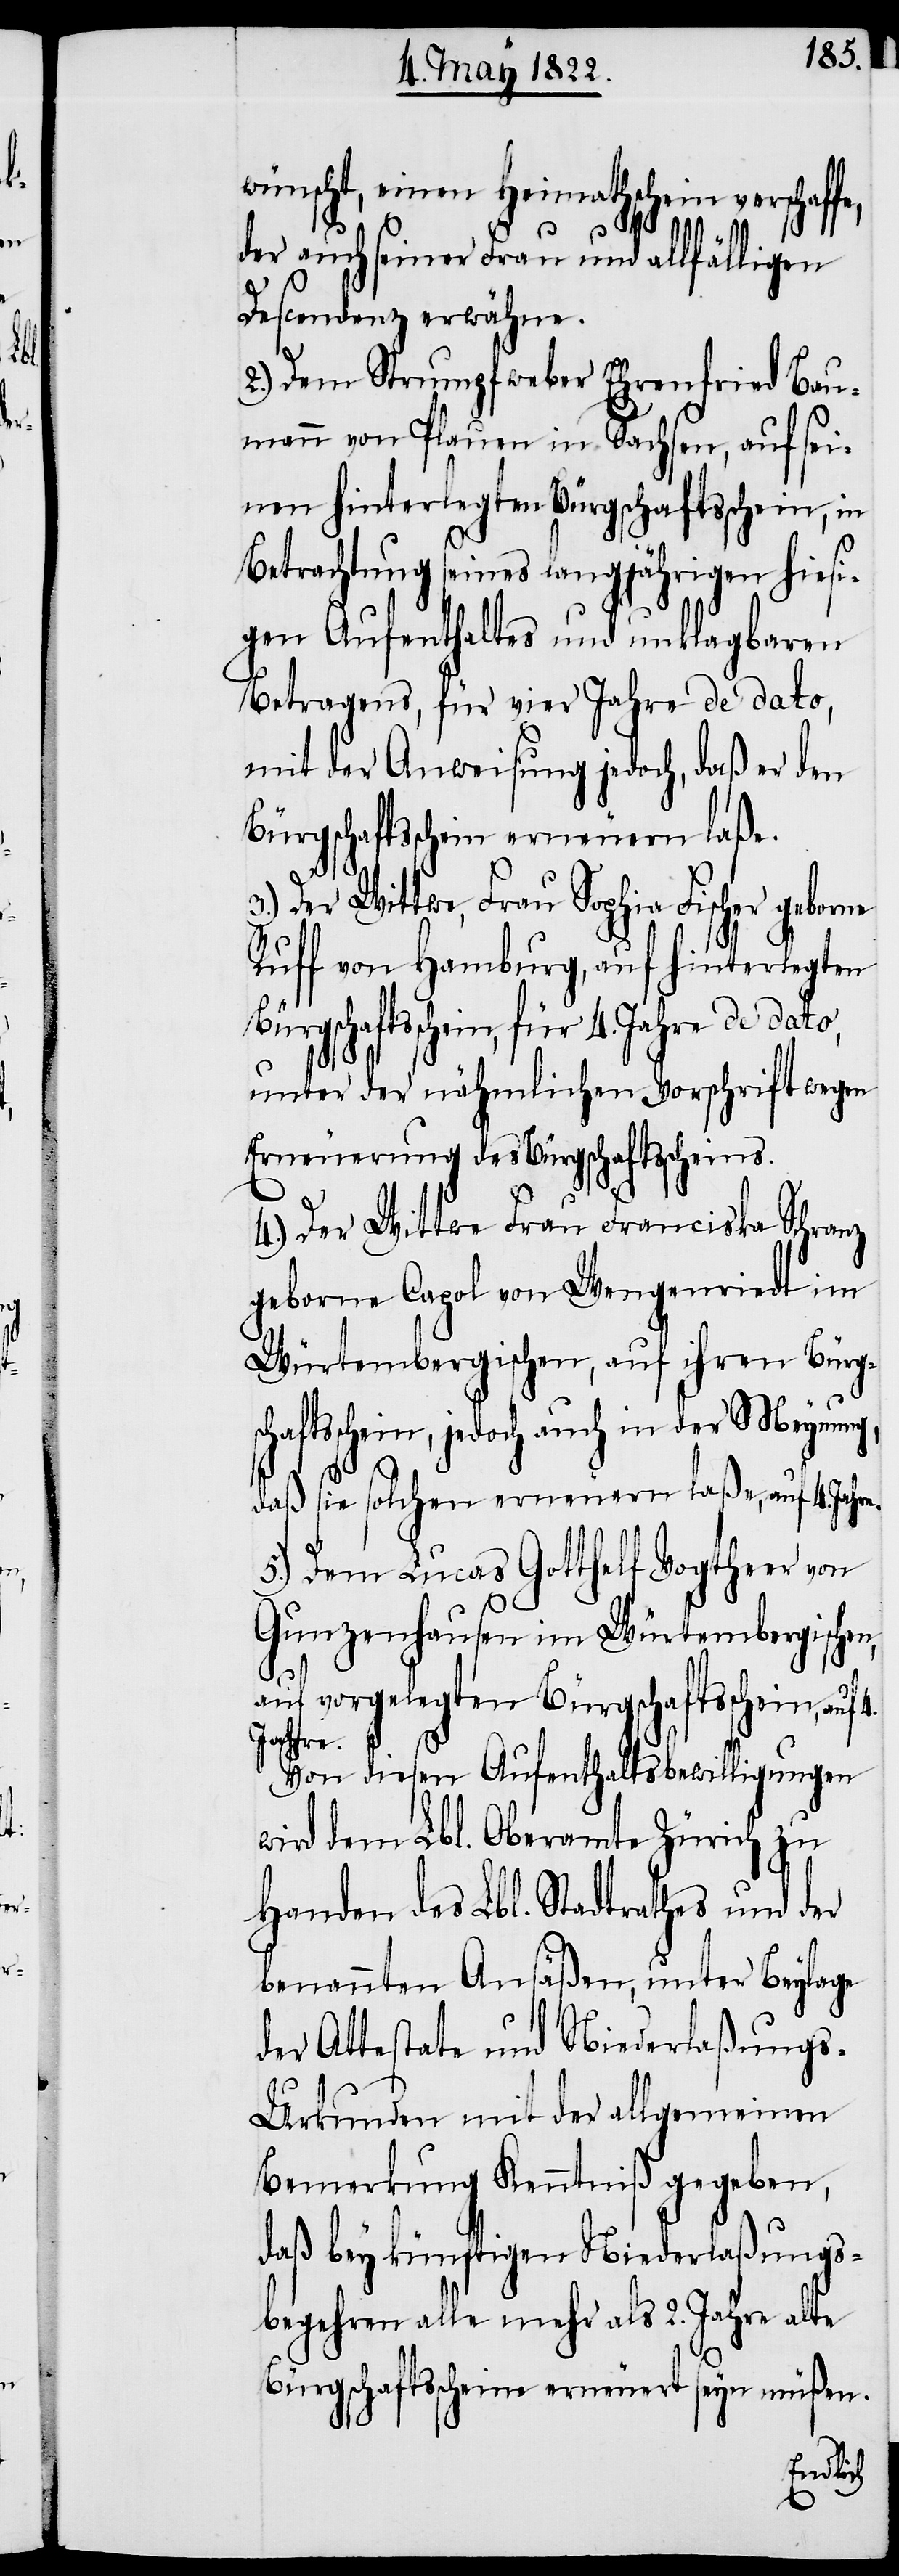
fe,

wünscht, einen Heimathschein verschaf¬
der auch seiner Frau und allfälligen
Descendenz erwähne.
2.) Dem Strumpfweber Ehrenfried Bau¬
mann von Plauen in Sachsen, auf sei¬
nen hinterlegten Bürgschaftsschein, in
Betrachtung seines langjährigen hiesi¬
gen Aufenthaltes und unklagbaren
Betragens, für vier Jahre de dato,
mit der Anweisung jedoch, daß er den
Bürgschaftsschein erneuern laße.
3.) Der Wittwe, Frau Sophia Fischer geborne
Ruff von Hamburg, auf hinterlegten
Bürgschaftsschein, für
unter der nähmlichen Vorschrift wegen
Erneuerung des Bürgschaftsscheins.
4.) Der Wittwe Frau Franciska Schranz
geborne Capol von Wengenriedt im
Würtembergischen, auf ihren Bürg¬
schein, jedoch auch in der Meynung,
daß sie solchen erneuern laße, auf 4. Jahre.
5.) Dem Lucas Gotthelf Vogtheer von
Gunzenhausen im Würtembergischen,
auf vorgelegten Bürgschaftsschein,
Jahre.
Von diesen Aufenthaltsbewilligungen
wird dem Lbl. Oberamte Zürich zu
Handen des Lbl. Stadtrathes und der
benannten Ansäßen, unter Beylage
der Attestate und Niederlaßung¬
s-Urkunden mit der allgemeinen
Bemerkung Kenntniß gegeben,
daß bey künftigen Niederlaßungs¬
begehren alle mehr als 2. Jahre alte
Bürgschaftsscheine erneuert seyn müßen.